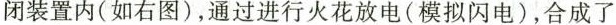
闭装置内(如右图)，通过进行火花放电(模拟闪电)，合成了